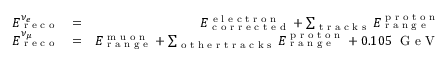
\begin{array} { r l r } { E _ { \textrm { r e c o } } ^ { \nu _ { e } } } & { = } & { E _ { \textrm { c o r r e c t e d } } ^ { \textrm { e l e c t r o n } } + \sum _ { \textrm { t r a c k s } } E _ { \textrm { r a n g e } } ^ { \textrm { p r o t o n } } } \\ { E _ { \textrm { r e c o } } ^ { \nu _ { \mu } } } & { = } & { E _ { \textrm { r a n g e } } ^ { \textrm { m u o n } } + \sum _ { \textrm { o t h e r t r a c k s } } E _ { \textrm { r a n g e } } ^ { \textrm { p r o t o n } } + 0 . 1 0 5 \; \textrm { G e V } } \end{array}